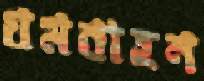
যমবাহন